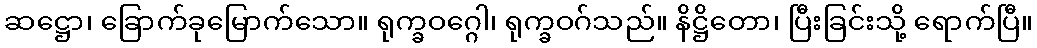
ဆဋ္ဌော၊ ခြောက်ခုမြောက်သော။ ရုက္ခဝဂ္ဂေါ၊ ရုက္ခဝဂ်သည်။ နိဋ္ဌိတော၊ ပြီးခြင်းသို့ ရောက်ပြီ။